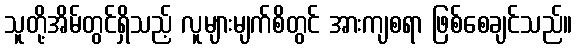
သူတို့အိမ်တွင်ရှိသည့် လူများမျက်စိတွင် အားကျစရာ ဖြစ်စေချင်သည်။